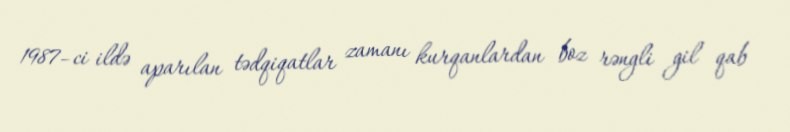
1987–ci ildə aparılan tədqiqatlar zamanı kurqanlardan boz rəngli gil qab